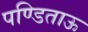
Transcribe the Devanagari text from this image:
पण्डिताऊ